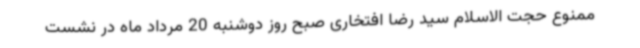
ممنوع حجت الاسلام سید رضا افتخاری صبح روز دوشنبه 20 مرداد ماه در نشست